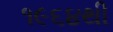
૧૯૬૪થી